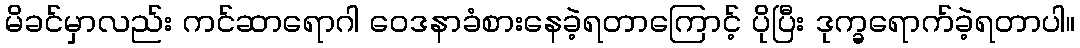
မိခင်မှာလည်း ကင်ဆာရောဂါ ဝေဒနာခံစားနေခဲ့ရတာကြောင့် ပိုပြီး ဒုက္ခရောက်ခဲ့ရတာပါ။